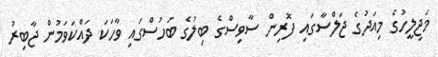
މަޖިލީހުގެ މިއަދުގެ ޖަލްސާގައި ފޮރިން ސާވިސްގެ ބިލުގެ ބަހުސްގައި ވާހަކަ ދައްކަވަމުން ޖާބިރު